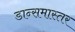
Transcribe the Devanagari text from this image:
डान्समास्तर